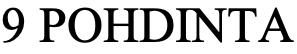
9 POHDINTA